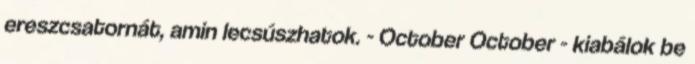
ereszcsatornát, amin lecsúszhatok. - October October - kiabálok be